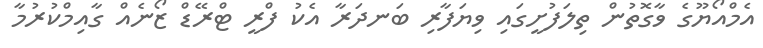
އެމްއޯޔޫގެ ވާގޮތުން ތިލަފުށީގައި ވިޔަފާރި ބަނދަރާ އެކު ފްރީ ޓްރޭޑް ޒޯނެއް ގާއިމްކުރުމާ